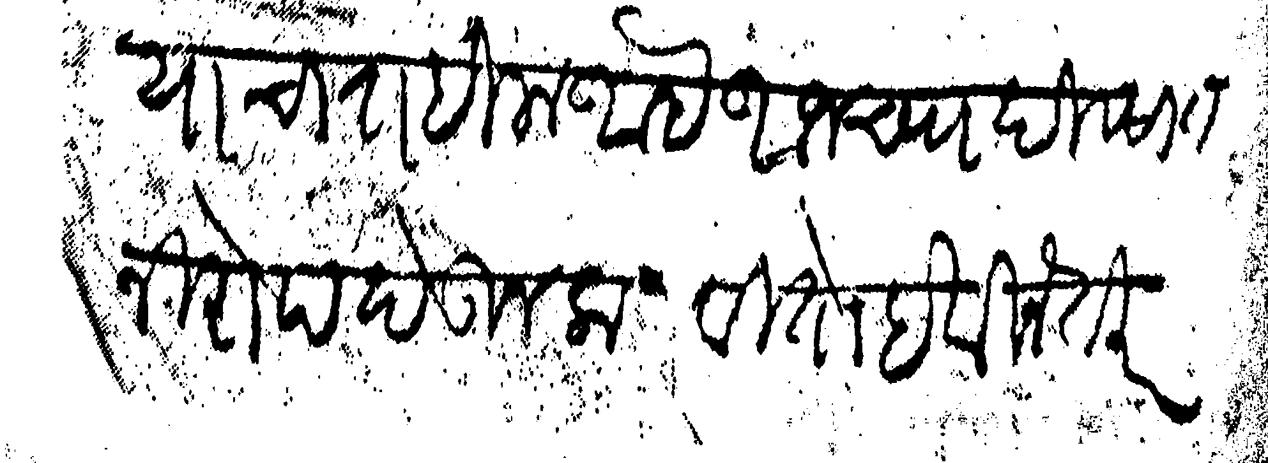
Transliteration (Devanagari): द्यावयाचा राहिला आहे आजच्या दिवसात निरोप देऊन कळवितो हे विनंती